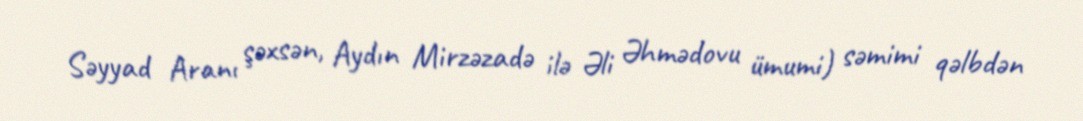
Səyyad Aranı şəxsən, Aydın Mirzəzadə ilə Əli Əhmədovu ümumi) səmimi qəlbdən